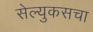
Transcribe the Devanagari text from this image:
सेल्युकसचा